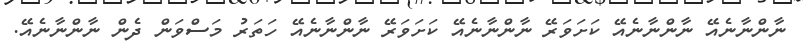
ނާންނާނެއޭ ނާންނާނެއޭ ކަށަވަރޭ ނާންނާނެއޭ ކަށަވަރޭ ނާންނާނެއޭ ހަތަރު މަސްވަން ދެން ނާންނާނެއޭ.